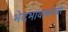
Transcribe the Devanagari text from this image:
भेदभावांबरोबर